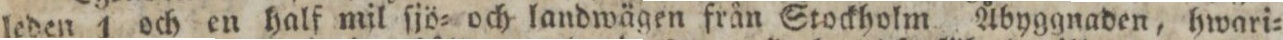
leden 1 och en half mil ſjö= och landwägen från Stockholm Åbyggnaden, hwari=